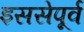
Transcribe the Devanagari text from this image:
इससेपूर्व